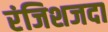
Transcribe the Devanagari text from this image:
रंजिशजदा